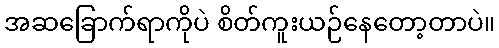
အဆခြောက်ရာကိုပဲ စိတ်ကူးယဉ်နေတော့တာပဲ။